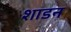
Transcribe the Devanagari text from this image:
शाडन